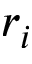
r _ { i }